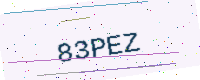
Text: 83PEZ